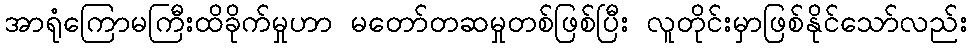
အာရုံကြောမကြီးထိခိုက်မှုဟာ မတော်တဆမှုတစ်ဖြစ်ပြီး လူတိုင်းမှာဖြစ်နိုင်သော်လည်း